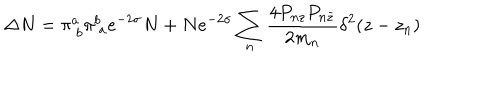
\Delta N = \pi _ { \ b } ^ { a } \pi _ { \ a } ^ { b } e ^ { - 2 \sigma } N + N e ^ { - 2 \sigma } \sum _ { n } \frac { 4 P _ { n z } P _ { n \bar { z } } } { 2 m _ { n } } \delta ^ { 2 } ( z - z _ { n } )